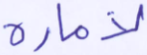
لأمارة